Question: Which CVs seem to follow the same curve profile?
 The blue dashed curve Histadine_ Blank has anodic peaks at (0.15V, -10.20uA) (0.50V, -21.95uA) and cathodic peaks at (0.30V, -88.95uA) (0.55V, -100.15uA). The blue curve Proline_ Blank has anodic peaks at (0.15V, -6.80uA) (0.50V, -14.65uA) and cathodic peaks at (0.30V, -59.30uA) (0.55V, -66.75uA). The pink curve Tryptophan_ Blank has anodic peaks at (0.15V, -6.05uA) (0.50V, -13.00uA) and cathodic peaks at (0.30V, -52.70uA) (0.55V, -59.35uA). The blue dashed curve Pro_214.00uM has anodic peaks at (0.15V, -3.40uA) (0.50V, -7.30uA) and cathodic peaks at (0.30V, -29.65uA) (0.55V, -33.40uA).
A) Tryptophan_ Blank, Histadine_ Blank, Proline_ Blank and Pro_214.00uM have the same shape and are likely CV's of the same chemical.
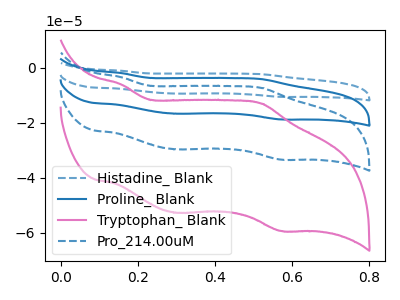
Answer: <think>All the peaks in "Histadine_ Blank" have a peak in "Proline_ Blank" at the same potential. All the peaks in "Histadine_ Blank" have a peak in "Tryptophan_ Blank" at the same potential. All the peaks in "Histadine_ Blank" have a peak in "Pro_214.00uM" at the same potential. All the peaks in "Proline_ Blank" have a peak in "Tryptophan_ Blank" at the same potential. All the peaks in "Proline_ Blank" have a peak in "Pro_214.00uM" at the same potential. All the peaks in "Tryptophan_ Blank" have a peak in "Pro_214.00uM" at the same potential.
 </think>
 <answer>A) "Tryptophan_ Blank", "Histadine_ Blank", "Proline_ Blank" and "Pro_214.00uM" have the same shape and are likely CV's of the same chemical.</answer>
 <eval>A</eval>